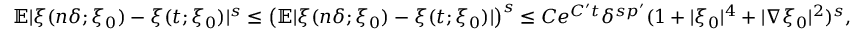
\begin{array} { r } { \mathbb { E } | \xi ( n \delta ; \xi _ { 0 } ) - \xi ( t ; \xi _ { 0 } ) | ^ { s } \leq \left( \mathbb { E } | \xi ( n \delta ; \xi _ { 0 } ) - \xi ( t ; \xi _ { 0 } ) | \right) ^ { s } \leq C e ^ { C ^ { \prime } t } \delta ^ { s { p ^ { \prime } } } ( 1 + | \xi _ { 0 } | ^ { 4 } + | \nabla \xi _ { 0 } | ^ { 2 } ) ^ { s } , } \end{array}